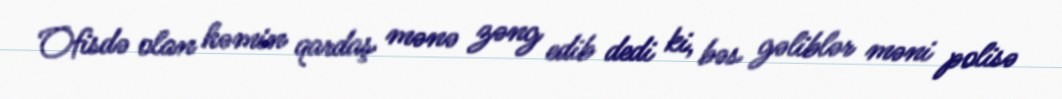
Ofisdə olan həmin qardaş mənə zəng edib dedi ki, bəs gəliblər məni polisə